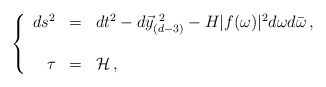
\begin{align*}\left\{ \begin{array}{rcl}ds^{2} & = & dt^{2}-d\vec{y}_{(d-3)}^{\ 2} -H|f(\omega)|^{2}d\omega d\bar{\omega}\, ,\\& & \\\tau & = & {\cal H}\, ,\\\end{array}\right.\end{align*}